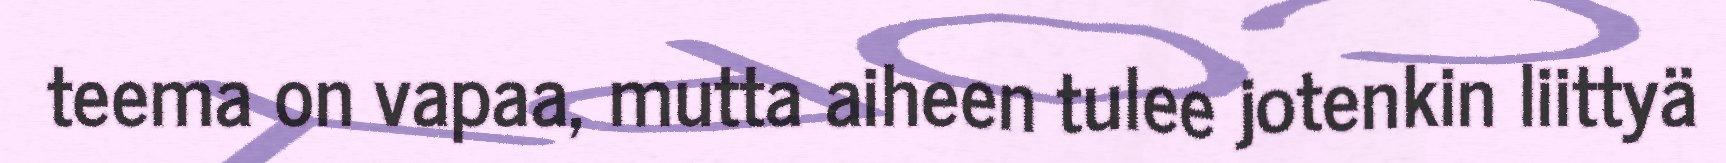
teema on vapaa, mutta aiheen tulee jotenkin liittyä